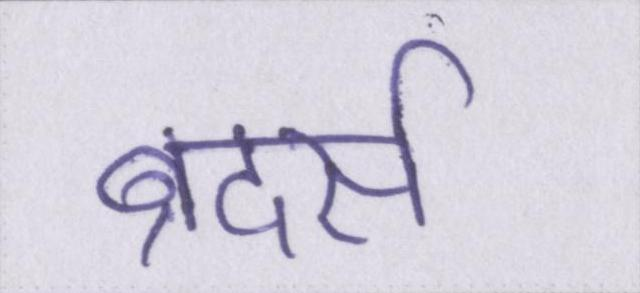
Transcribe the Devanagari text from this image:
ब्रदर्स